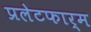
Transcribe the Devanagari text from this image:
प्रलेटफार्म